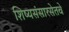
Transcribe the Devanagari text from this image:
शिष्यसंसारसेतवे